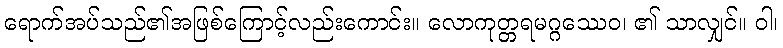
ရောက်အပ်သည်၏အဖြစ်ကြောင့်လည်းကောင်း။ လောကုတ္တရမဂ္ဂဿေဝ၊ ၏ သာလျှင်။ ဝါ၊